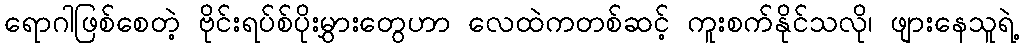
ရောဂါဖြစ်စေတဲ့ ဗိုင်းရပ်စ်ပိုးမွှားတွေဟာ လေထဲကတစ်ဆင့် ကူးစက်နိုင်သလို၊ ဖျားနေသူရဲ့